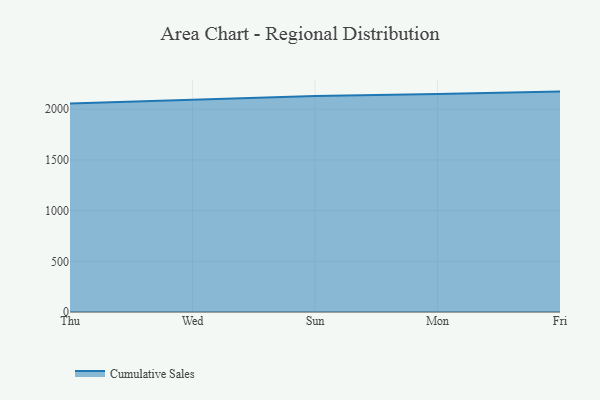
{"axis": {"x": "Day", "y": "Bounce Rate (%)"}, "legend": ["Cumulative Sales"], "data": [{"x": "Thu", "y": 2056.5, "type": "Cumulative Sales"}, {"x": "Wed", "y": 2091.9, "type": "Cumulative Sales"}, {"x": "Sun", "y": 2130.6, "type": "Cumulative Sales"}, {"x": "Mon", "y": 2150.1, "type": "Cumulative Sales"}, {"x": "Fri", "y": 2173.8, "type": "Cumulative Sales"}]}